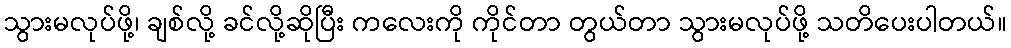
သွားမလုပ်ဖို့၊ ချစ်လို့ ခင်လို့ဆိုပြီး ကလေးကို ကိုင်တာ တွယ်တာ သွားမလုပ်ဖို့ သတိပေးပါတယ်။